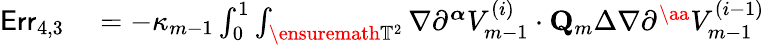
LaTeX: \begin{array}{rl}{\mathsf{Err}_{4,3}}&{{}=-\kappa_{m-1}\int_{0}^{1}\int_{\ensuremath{\mathbb{T}}^{2}}\nabla\partial^{\boldsymbol{\alpha}}V_{m-1}^{(i)}\cdot{\mathbf{Q}}_{m}\Delta\nabla\partial^{\aa}V_{m-1}^{(i-1)}}\end{array}